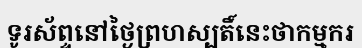
ទូរស័ព្ទនៅថ្ងៃព្រហស្បតិ៍នេះថាកម្មករ